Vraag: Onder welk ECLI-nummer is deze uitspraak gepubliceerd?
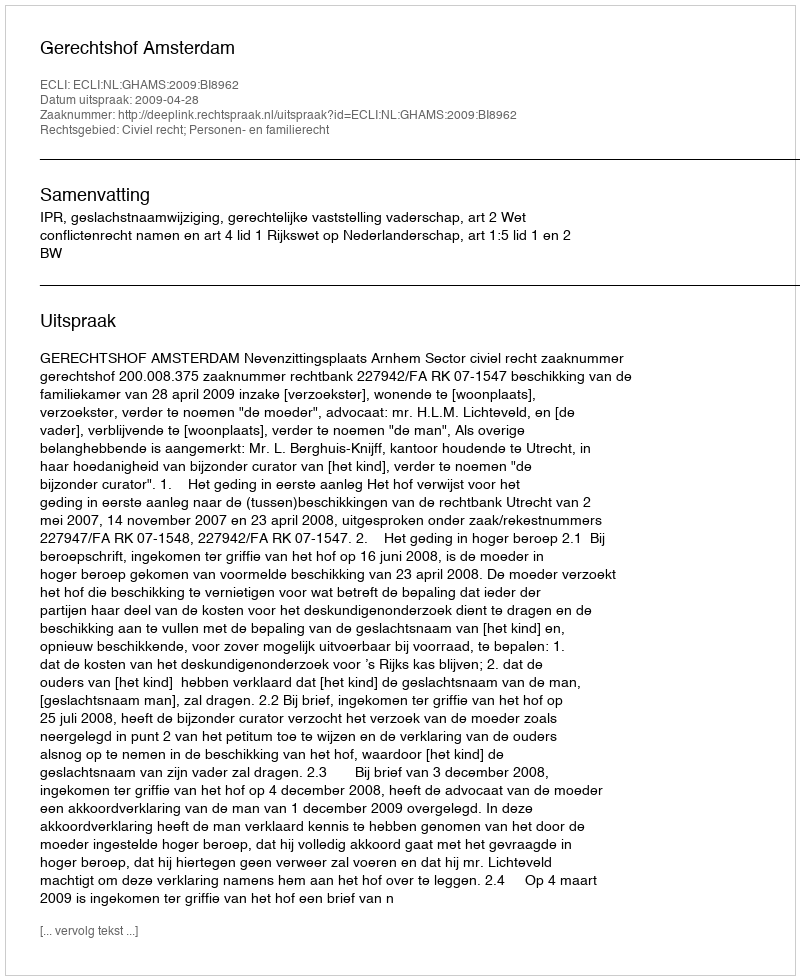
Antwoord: ECLI:NL:GHAMS:2009:BI8962